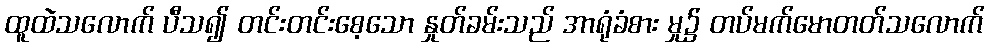
ထူထဲသလောက် ပီသ၍ တင်းတင်းစေ့သော နှုတ်ခမ်းသည် အာရုံခံစား မှု၌ တပ်မက်မောတတ်သလောက်